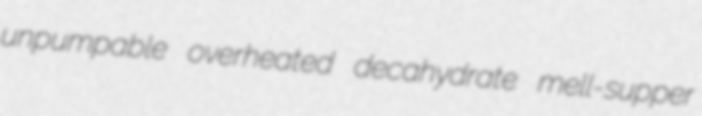
unpumpable overheated decahydrate mell-supper